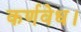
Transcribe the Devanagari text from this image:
कर्णवेध।